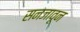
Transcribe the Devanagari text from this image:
सनजावून